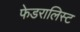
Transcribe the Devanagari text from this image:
फेडरालिस्ट